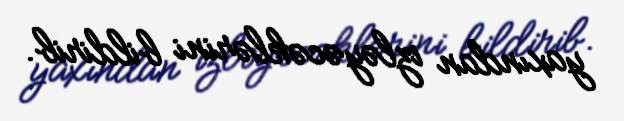
yaxından izləyəcəklərini bildirib.